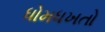
ધોમધખતો